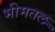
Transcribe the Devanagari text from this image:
भीमतल